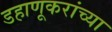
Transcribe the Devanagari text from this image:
डहाणूकरांच्या